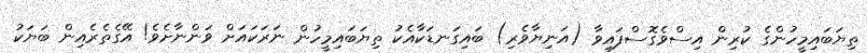
ތިޔަބައިމީހުންގެ ކުރިން އިސްވެގޮސްފައިވާ (އަނިޔާވެރި) ބައިގަނޑަކާއެކު ތިޔަބައިމީހުން ނަރަކައަށް ވަންނާށެވެ! އޭގެތެރެއިން ބަޔަކު